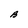
Character: B